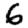
Digit: 6